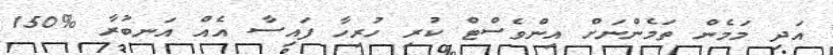
އަދި މަމެން ތަމެންނަށް އިންވެސްޓް ކުރި ހުރިހާ ފައިސާ އެއް އަނބުރާ %150